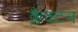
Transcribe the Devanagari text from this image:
क्लैक्टन